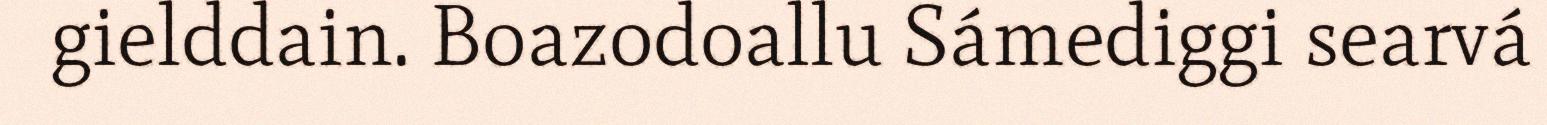
gielddain. Boazodoallu Sámediggi searvá